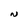
Character: N